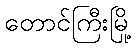
တောင်ကြီးမြို့